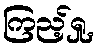
ကြည့်ရှု့